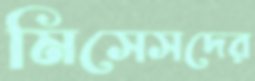
মিসেসদের